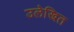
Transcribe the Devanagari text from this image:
उलेखित